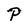
Character: P